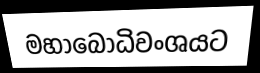
මහාබොධිවංශයට